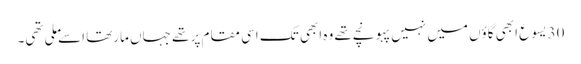
30 یسوع ابھی گاؤں میں نہیں پہونچے تھے وہ ابھی تک اسی مقام پر تھے جہاں مارتھا اسے ملی تھی۔